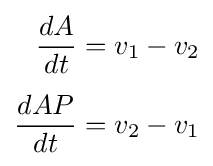
{\begin{aligned}{\frac {dA}{dt}}&=v_{1}-v_{2}\\[4pt]{\frac {dAP}{dt}}&=v_{2}-v_{1}\end{aligned}}